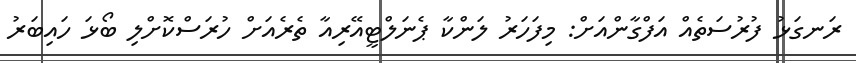
ރަނގަޅު ފުރުސަތެއް އަފްގާންއަށް: މިފަހަރު ލަންކާ ޕެނަލްޓީއޭރިއާ ތެރެއަށް ހުރަސްކޮށްލި ބޯޅަ ހައިބަރު